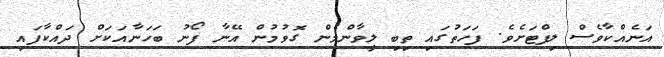
އަނެއްކާވެސް ލިފްޓަށެވެ. ފަހަތުގައި ތިބި ލީވާންމެން ގޮވުމުން އޭނާ ފޯނު ބަހަނާއަކަށް ދައްކާފައި